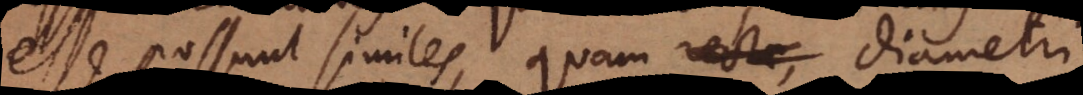
esse possunt similes, quam rectae, diametri